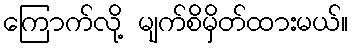
ကြောက်လို့ မျက်စိမှိတ်ထားမယ်။